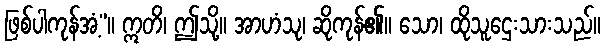
ဖြစ်ပါကုန်အံ့”။ ဣတိ၊ ဤသို့။ အာဟံသု၊ ဆိုကုန်၏။ သော၊ ထိုသူဌေးသားသည်။